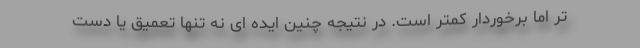
تر اما برخوردار کمتر است. در نتیجه چنین ایده ای نه تنها تعمیق یا دست